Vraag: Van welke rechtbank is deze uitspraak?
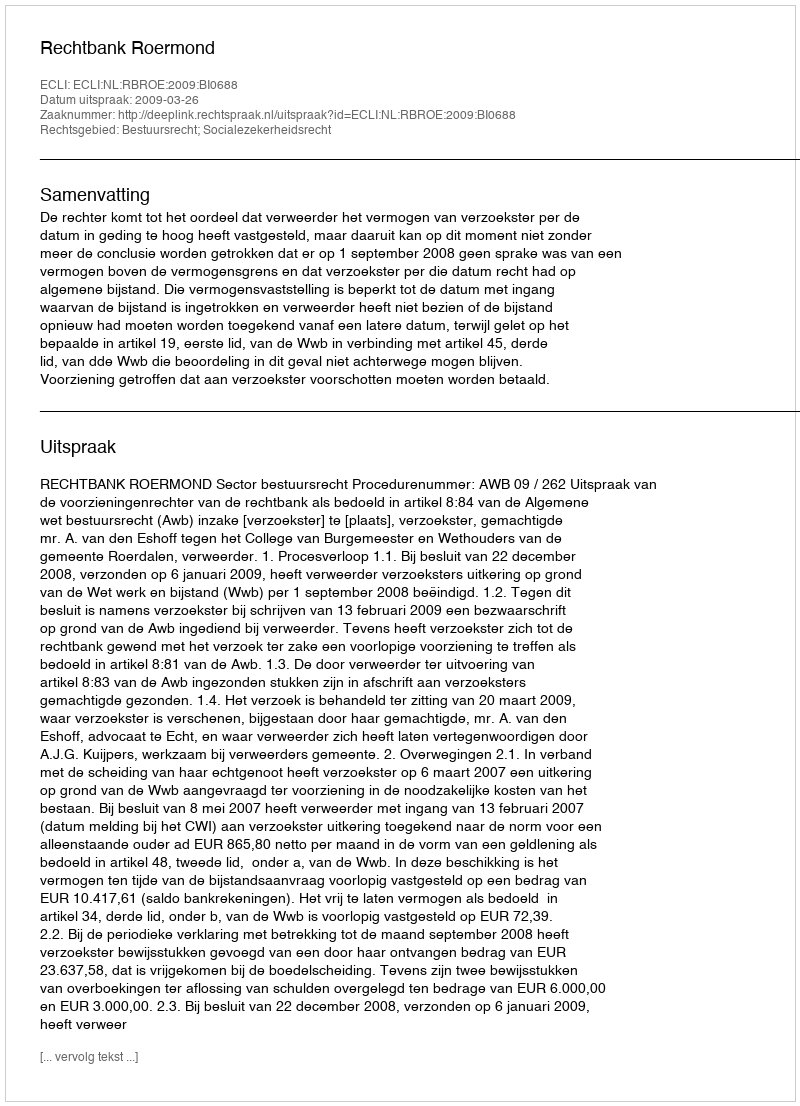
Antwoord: Rechtbank Roermond